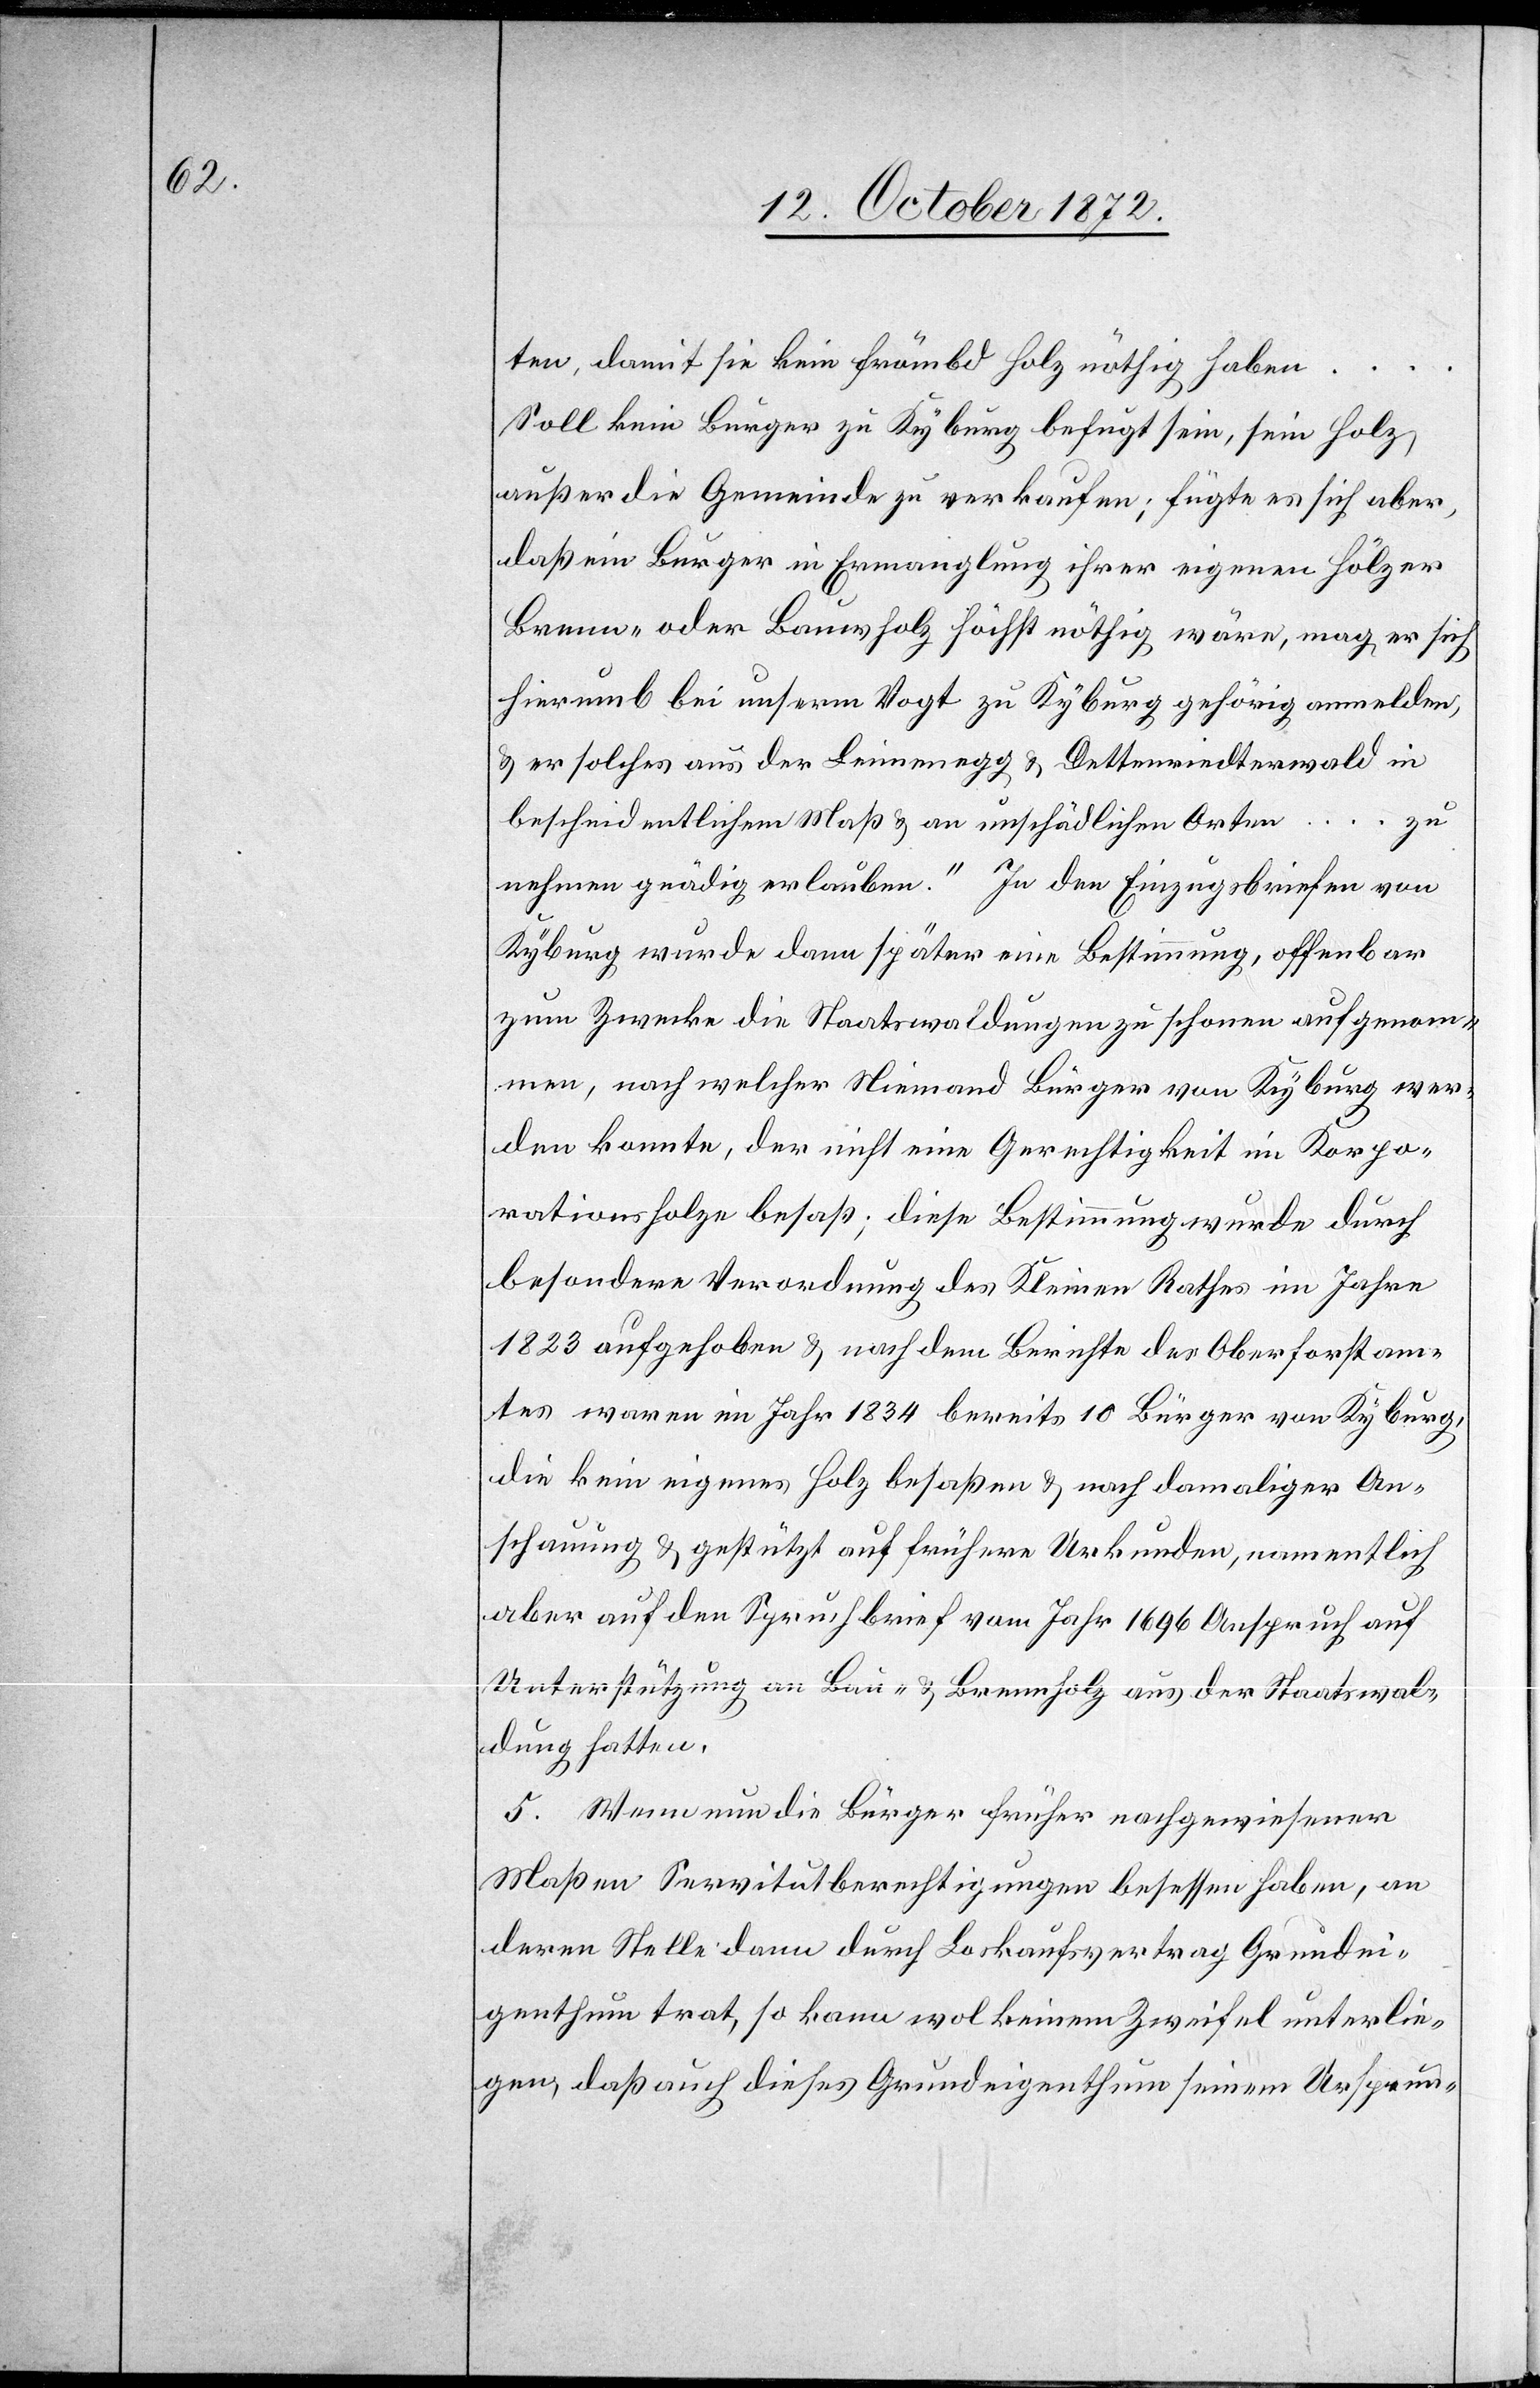
ten, damit sie kein frömbd Holz nöthig haben …
Soll kein Bürger zu Kyburg befugt sein, sein Holz
außer die Gemeinde zu verkaufen; fügte es sich aber,
daß ein Burger in Ermanglung ihrer eigenen Hölzer
Brenn- oder Bauwholz [sic!] höchst nöthig wäre, mag er sich
hierumb bei unserm Vogt zu Kyburg gehörig anmelden,
u. er solches aus der Leinenegg u. Dettenriedterwald in
bescheidentlichem Maß u. an unschädlichen Orten … zu
nehmen gnädig erlauben.“ In den Einzugsbriefen von
Kyburg wurde dann später eine Bestimmung, offenbar
zum Zwecke die Staatswaldungen zu schonen aufgenom¬
men, nach welcher Niemand Bürger von Kyburg wer¬
den konnte, der nicht eine Gerechtigkeit im Korpo¬
rationsholze besaß; diese Bestimmung wurde durch
besondere Verordnung des Kleinen Rathes im Jahre
1823 aufgehoben u. nach dem Berichte des Oberforstam¬
tes waren im Jahr 1834 bereits 10 Bürger von Kyburg,
die kein eigenes Holz besaßen u. nach damaliger An¬
schauung u. gestützt auf frühere Urkunden, namentlich
aber auf den Spruchbrief vom Jahr 1696 Anspruch auf
Unterstützung an Bau- u. Brennholz aus der Staatswal¬
dung hatten.
5. Wenn nun die Bürger früher nachgewiesener
Maßen Servitutberechtigungen besessen haben, an
deren Stelle dann durch Loskaufsvertrag Grundei¬
genthum trat, so kann wol keinem Zweifel unterlie¬
gen, daß auch dieses Grundeigenthum seinem Ursprun-